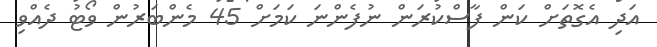
އަދި އެގޮތަށް ކަން ފާސްކުރަން ނުފެންނަ ކަމަށް 45 މެންބަރުން ވޯޓު ދެއްވި